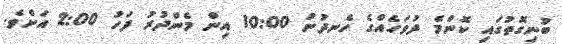
ބުނިގޮތުގައި ކޮންމެ ދުވަހެއްގެ ހެނދުނު 10:00 އިން މެންދުރު ފަހު 2:00 އަށެވެ.